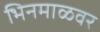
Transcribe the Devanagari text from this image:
भिनमाळवर